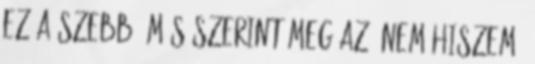
ez a szebb, más szerint meg az. nem hiszem,